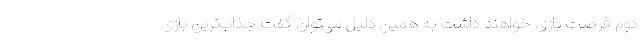
دوم فرصت بازی خواهند داشت به همین دلیل می‌توان گفت جذاب‌ترین بازی